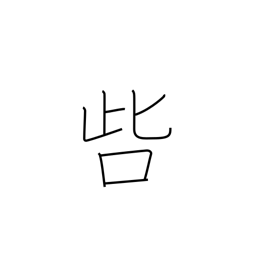
Meaning: censure